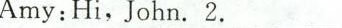
Amy:Hi,John.2.___